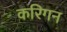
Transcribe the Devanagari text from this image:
करिगन